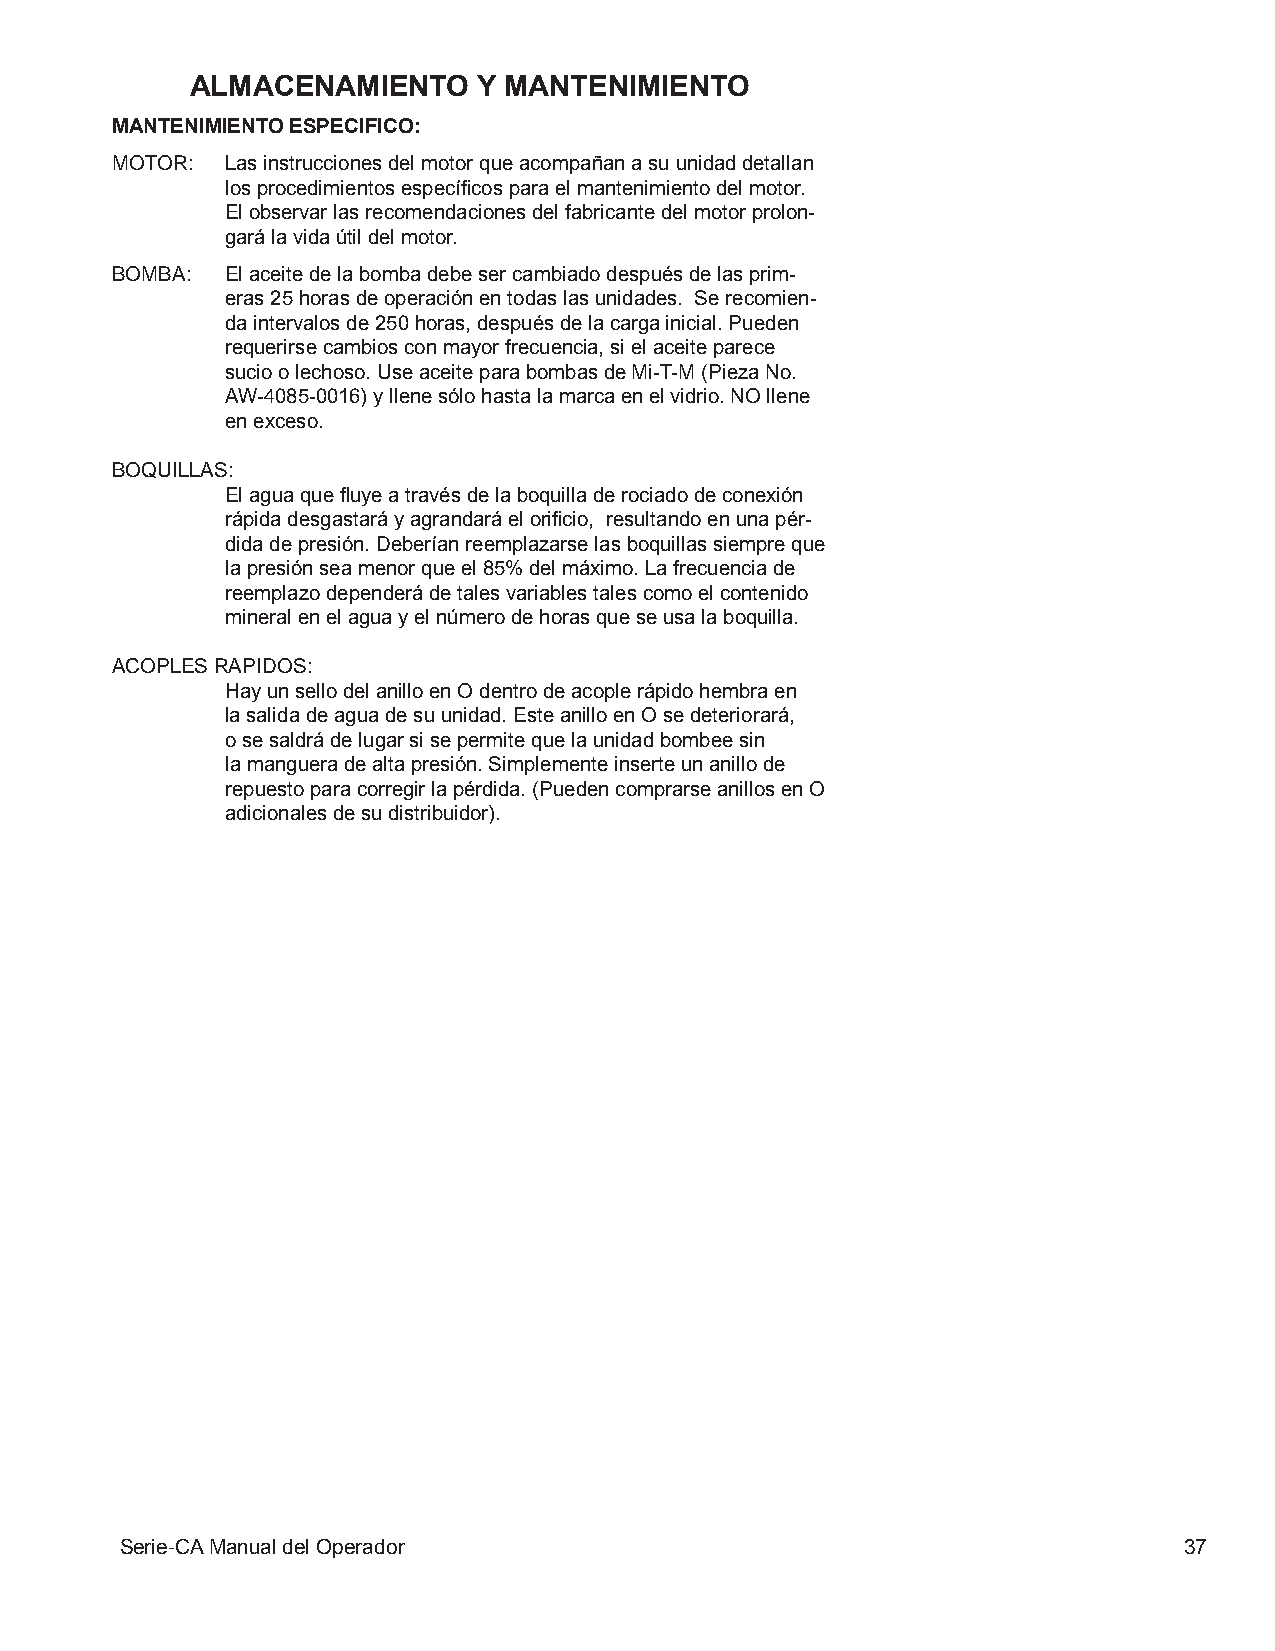
ALMACENAMIENTO     Y MANTENIMIENTO
 MANTENIMIENTO ESPECIFICO:
 MOTOR:  Las instrucciones del motor que acompañan a su unidad detallan
 los procedimientos específicos para el mantenimiento del motor.
 El observar las recomendaciones del fabricante del motor prolon-
 gará la vida útil del motor.
 BOMBA:  El aceite de la bomba debe ser cambiado después de las prim-
 eras 25 horas de operación en todas las unidades. Se recomien-
 da intervalos de 250 horas, después de la carga inicial. Pueden
 requerirse cambios con mayor frecuencia, si el aceite parece
 sucio o lechoso. Use aceite para bombas de Mi-T-M (Pieza No.
 AW-4085-0016) y llene sólo hasta la marca en el vidrio. NO llene
 en exceso.
 BOQUILLAS:
 El agua que fluye a través de la boquilla de rociado de conexión
 rápida desgastará y agrandará el orificio, resultando en una pér-
 dida de presión. Deberían reemplazarse las boquillas siempre que
 la presión sea menor que el 85% del máximo. La frecuencia de
 reemplazo dependerá de tales variables tales como el contenido
 mineral en el agua y el número de horas que se usa la boquilla.
 ACOPLES RAPIDOS:
 Hay un sello del anillo en O dentro de acople rápido hembra en
 la salida de agua de su unidad. Este anillo en O se deteriorará,
 o se saldrá de lugar si se permite que la unidad bombee sin
 la manguera de alta presión. Simplemente inserte un anillo de
 repuesto para corregir la pérdida. (Pueden comprarse anillos en O
 adicionales de su distribuidor).
 Serie-CA Manual del Operador                                          37